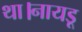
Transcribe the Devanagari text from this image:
था।नायडू